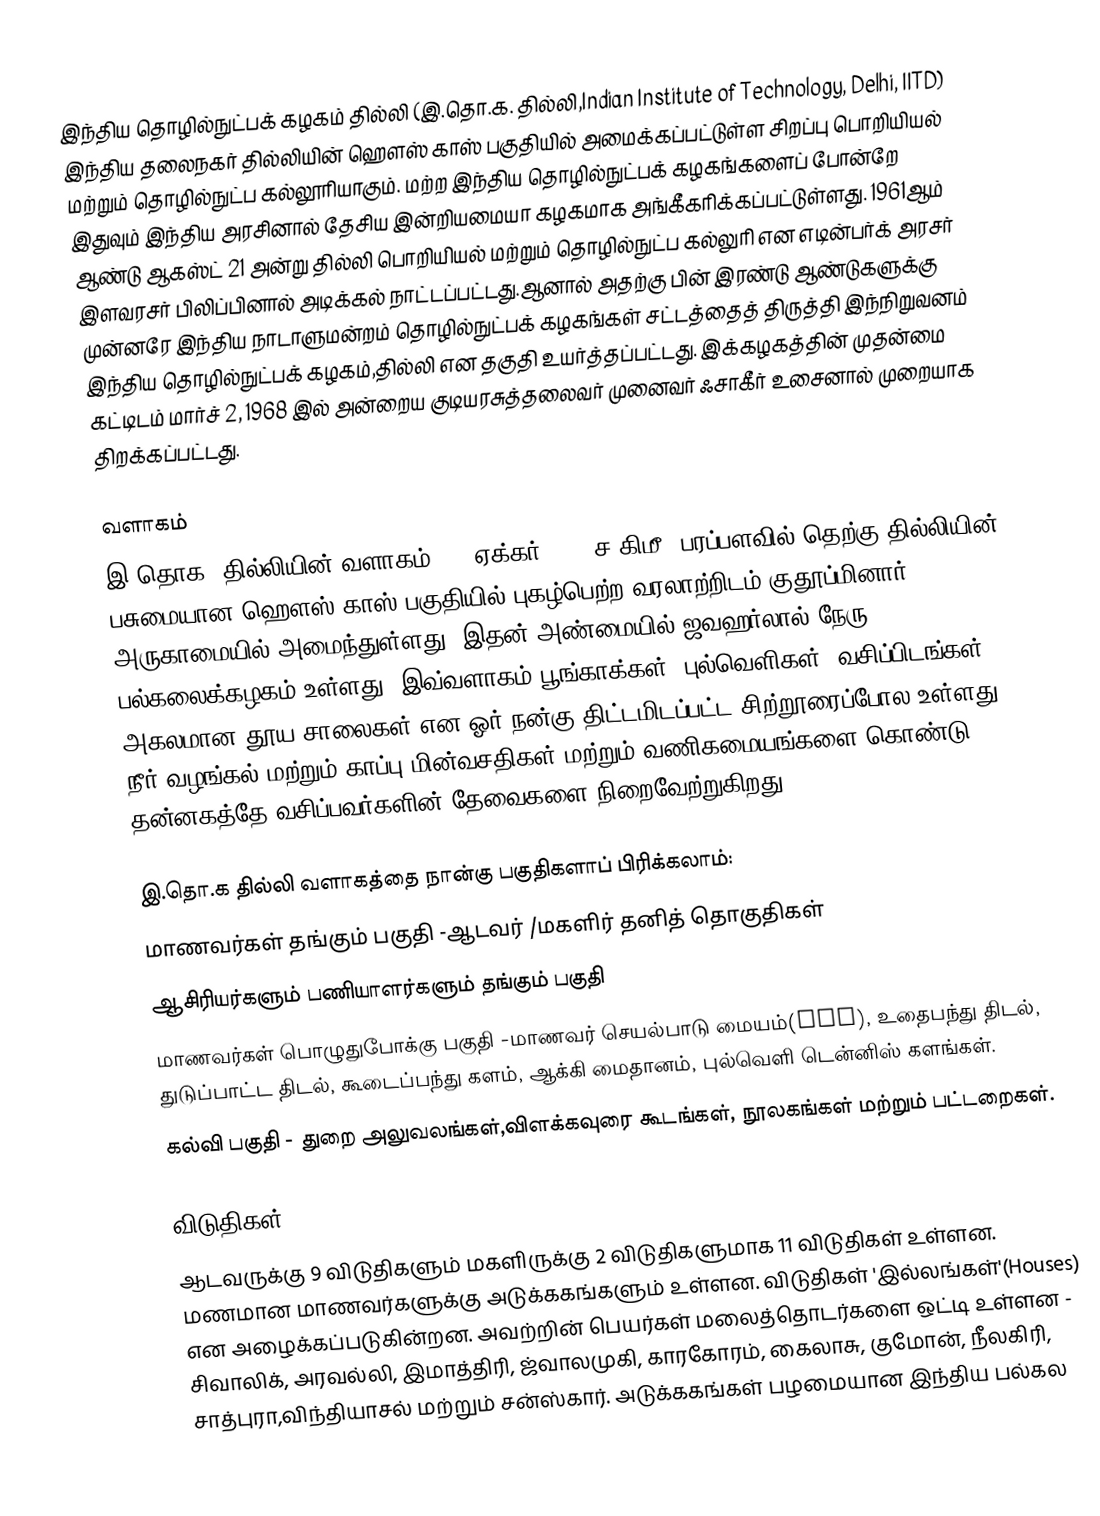
இந்திய தொழில்நுட்பக் கழகம் தில்லி (இ.தொ.க. தில்லி,Indian Institute of Technology, Delhi, IITD) இந்திய தலைநகர் தில்லியின் ஹௌஸ் காஸ் பகுதியில்  அமைக்கப்பட்டுள்ள சிறப்பு பொறியியல் மற்றும் தொழில்நுட்ப கல்லூரியாகும். மற்ற இந்திய தொழில்நுட்பக் கழகங்களைப் போன்றே இதுவும் இந்திய அரசினால் தேசிய இன்றியமையா கழகமாக அங்கீகரிக்கப்பட்டுள்ளது. 1961ஆம் ஆண்டு ஆகஸ்ட் 21 அன்று தில்லி பொறியியல் மற்றும் தொழில்நுட்ப கல்லுரி என எடின்பர்க் அரசர் இளவரசர் பிலிப்பினால் அடிக்கல் நாட்டப்பட்டது.ஆனால் அதற்கு பின் இரண்டு ஆண்டுகளுக்கு முன்னரே இந்திய நாடாளுமன்றம் தொழில்நுட்பக் கழகங்கள் சட்டத்தைத் திருத்தி இந்நிறுவனம் இந்திய தொழில்நுட்பக் கழகம்,தில்லி என தகுதி உயர்த்தப்பட்டது. இக்கழகத்தின் முதன்மை கட்டிடம் மார்ச் 2, 1968 இல் அன்றைய குடியரசுத்தலைவர் முனைவர் ஃசாகீர் உசைனால் முறையாக திறக்கப்பட்டது.

வளாகம்
 இ.தொக. தில்லியின் வளாகம் 320 ஏக்கர் (1.3 ச.கிமீ) பரப்பளவில் தெற்கு தில்லியின் பசுமையான ஹௌஸ் காஸ் பகுதியில் புகழ்பெற்ற வரலாற்றிடம் குதூப்மினார் அருகாமையில் அமைந்துள்ளது. இதன் அண்மையில் ஜவஹர்லால் நேரு பல்கலைக்கழகம் உள்ளது. இவ்வளாகம் பூங்காக்கள், புல்வெளிகள், வசிப்பிடங்கள், அகலமான தூய சாலைகள் என ஓர் நன்கு திட்டமிடப்பட்ட சிற்றூரைப்போல உள்ளது. நீர் வழங்கல் மற்றும் காப்பு மின்வசதிகள் மற்றும் வணிகமையங்களை கொண்டு தன்னகத்தே வசிப்பவர்களின் தேவைகளை நிறைவேற்றுகிறது.

இ.தொ.க தில்லி வளாகத்தை நான்கு பகுதிகளாப் பிரிக்கலாம்:
 மாணவர்கள் தங்கும் பகுதி -ஆடவர் /மகளிர் தனித் தொகுதிகள்
 ஆசிரியர்களும் பணியாளர்களும் தங்கும் பகுதி
 மாணவர்கள் பொழுதுபோக்கு பகுதி -மாணவர் செயல்பாடு மையம்(SAC), உதைபந்து திடல், துடுப்பாட்ட திடல், கூடைப்பந்து களம், ஆக்கி மைதானம், புல்வெளி டென்னிஸ் களங்கள்.
 கல்வி பகுதி - துறை அலுவலங்கள்,விளக்கவுரை கூடங்கள், நூலகங்கள் மற்றும் பட்டறைகள்.

விடுதிகள்
ஆடவருக்கு 9 விடுதிகளும் மகளிருக்கு 2 விடுதிகளுமாக 11 விடுதிகள் உள்ளன. மணமான மாணவர்களுக்கு அடுக்ககங்களும் உள்ளன. விடுதிகள் 'இல்லங்கள்'(Houses) என அழைக்கப்படுகின்றன. அவற்றின் பெயர்கள் மலைத்தொடர்களை ஒட்டி உள்ளன - சிவாலிக், அரவல்லி, இமாத்திரி, ஜ்வாலமுகி, காரகோரம், கைலாசு, குமோன், நீலகிரி, சாத்புரா,விந்தியாசல் மற்றும் சன்ஸ்கார். அடுக்ககங்கள் பழமையான இந்திய பல்கல